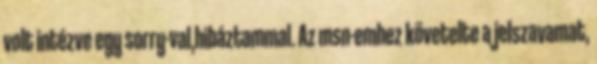
volt intézve egy sorry-val,hibáztammal. Az msn-emhez követelte a jelszavamat,